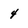
Character: 4